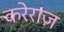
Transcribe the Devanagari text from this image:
करेराज़